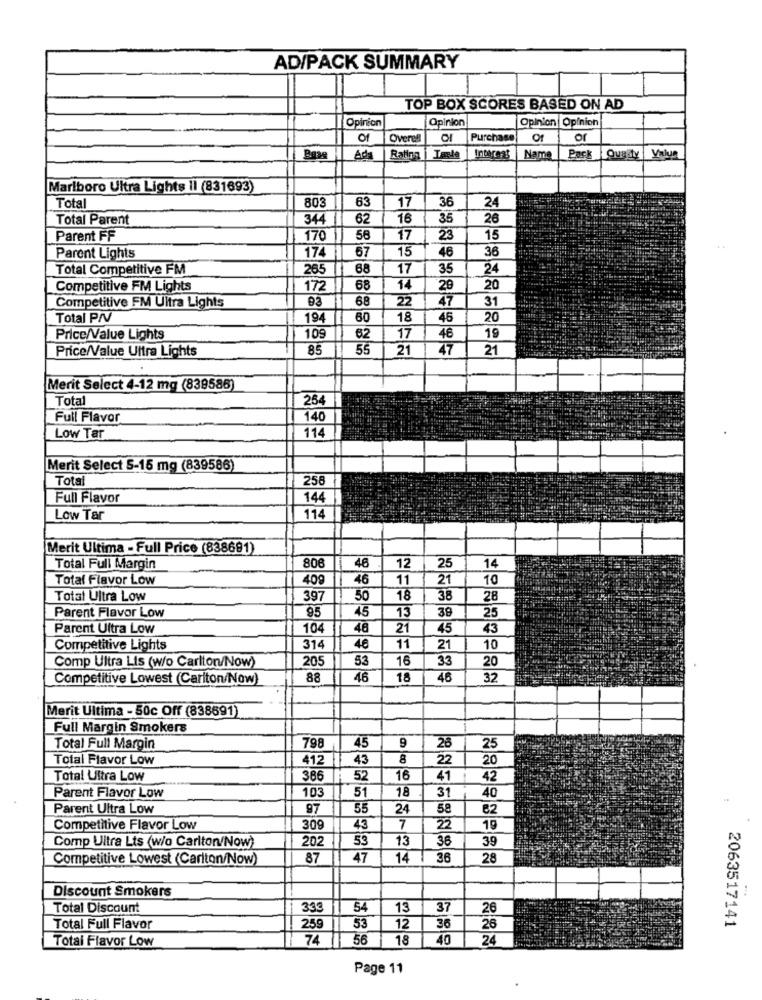
AD/PACK SUMMARY
TOP BOX SCORES BASED ON AD
Opinion
Opinion
Opinion Opinion
Of
Overel
Purchase
Of
or
Ads
Rating
Teple
Name
Pack Quadyy
Value
Marlboro Ultra Lights II (831693)
80
63
17
24
Total
36
Total Parent
344
62
16
35
26
Parent FF
170
56
17
23
15
15
46
36
Parent Lights
174
67
Total Competitive FM
265
68
17
35
24
Competitive FM Lights
172
68
14
20
20
Competitive FM Ultra Lights
93
68
22
47
31
Total PIV
194
80
18
45
20
Price/Value Lights
109
62
17
46
19
Price/Value Ultra Lights
85
55
21
47
21
Merit Select 4-12 mg (839586)
Total
254
Full Flavor
140
114
Low Tar
Merit Select 5-15 mg (839586)
Total
258
Full Flavor
144
Low Tar
11
Merit Ultima - Full Price (838691)
Total Full Margin
806
46
12
25
14
Total Flavor Low
409
46
11
21
10
Total Ultra Low
397
50
18
38
28
95
45
13
39
Parent Flavor Low
25
Parent Ultra Low
104
48
21
45
43
Competitive Lights
314
11
21
10
Comp Ultra Lis (w/o Carlton/Now)
205
53
16
33
20
Competitive Lowest (Carlton/Now)
88
46
18
46
32
Merit Ultima - 50c Off (838691)
Full Margin Smokers
798
45
9
Total Full Margin
26
25
Total Flavor Low
412
43
8
22
20
Total Ultra Low
386
52
16
41
42
103
51
18
Parent Flavor Low
31
40
Parent Ultra Low
97
55
24
58
82
Competitive Flavor Low
309
43
7
22
19
Comp Ultra Lts (w/o Carlton/Now)
202
53
13
36
39
Competitive Lowest (Carlton/Now)
87
47
14
36
28
Discount Smokers
Total Discount
333
54
13
37
26
2063517141
Total Full Flavor
259
53
12
36
26
Total Flavor Low
74
56
18
40
24
Page 11